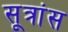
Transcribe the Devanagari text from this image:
सूत्रांस